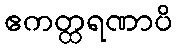
ဧကတ္ထရဏာပိ